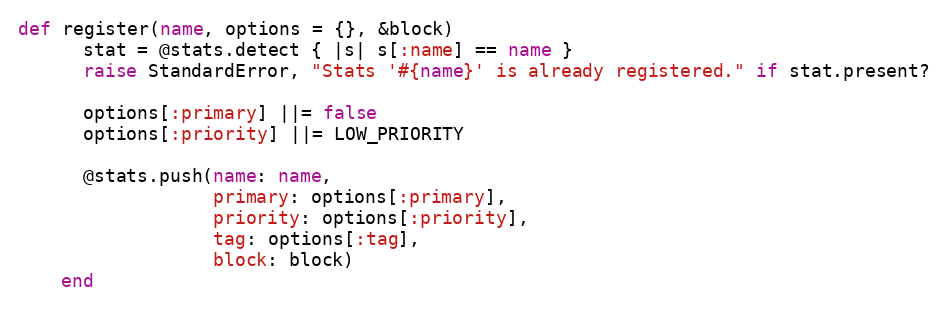
Language: Ruby
def register(name, options = {}, &block)
      stat = @stats.detect { |s| s[:name] == name }
      raise StandardError, "Stats '#{name}' is already registered." if stat.present?

      options[:primary] ||= false
      options[:priority] ||= LOW_PRIORITY

      @stats.push(name: name,
                  primary: options[:primary],
                  priority: options[:priority],
                  tag: options[:tag],
                  block: block)
    end